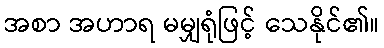
အစာ အဟာရ မမျှရုံဖြင့် သေနိုင်၏။